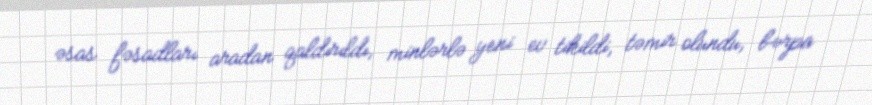
əsas fəsadları aradan qaldırıldı, minlərlə yeni ev tikildi, təmir olundu, bərpa